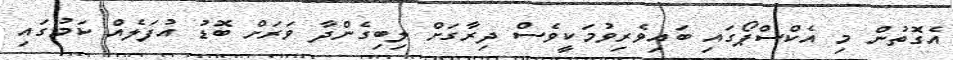
އެގޮތުން މި އެކްސްޕޯގައި ބައިވެރިވުމަކީވެސް ދިރާގަށް ލިބިގެންދާ ވަރަށް ބޮޑު އުފަލެއް ކަމުގައި